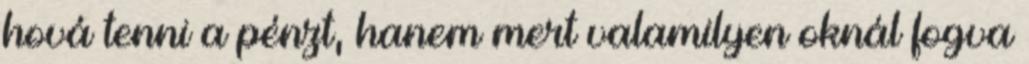
hová tenni a pénzt, hanem mert valamilyen oknál fogva